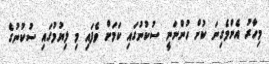
މިހާރު އެންމެގިނަ ކުށް ހުންނަނީ ސުކުނުގައި ކަމަށް ވެފައި މި ލިޔުމުގައި ސުކުނުގެ